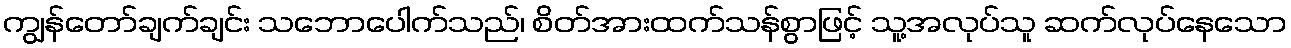
ကျွန်တော်ချက်ချင်း သဘောပေါက်သည်၊ စိတ်အားထက်သန်စွာဖြင့် သူ့အလုပ်သူ ဆက်လုပ်နေသော